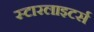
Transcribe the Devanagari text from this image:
स्टारलाइटर्स